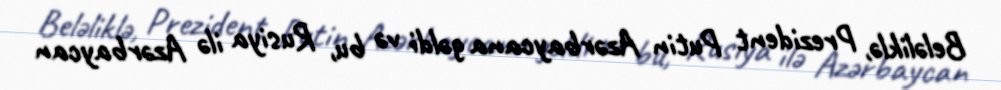
Beləliklə, Prezident Putin Azərbaycana gəldi və bu, Rusiya ilə Azərbaycan